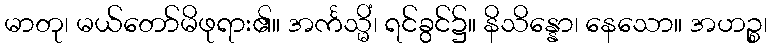
မာတု၊ မယ်တော်မိဖုရား၏။ အင်္ကသ္မိံ၊ ရင်ခွင်၌။ နိသိန္နော၊ နေသော။ အဟဉ္စ၊